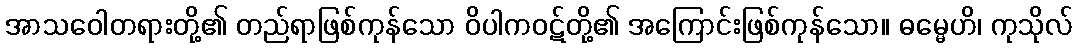
အာသဝေါတရားတို့၏ တည်ရာဖြစ်ကုန်သော ဝိပါကဝဋ်တို့၏ အကြောင်းဖြစ်ကုန်သော။ ဓမ္မေဟိ၊ ကုသိုလ်